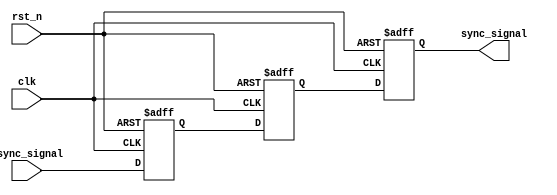
module MetaStabilityFilter (
    input wire async_signal,  // Asynchronous input signal
    input wire clk,           // Clock signal
    input wire rst_n,         // Asynchronous active-low reset signal
    output reg sync_signal     // Synchronized output signal
);

    // Internal signals for the dual flip-flop structure
    reg ff1, ff2;

    // Dual flip-flop implementation
    always @(posedge clk or negedge rst_n) begin
        if (!rst_n) begin
            ff1 <= 1'b0;    // Reset FF1 to 0
            ff2 <= 1'b0;    // Reset FF2 to 0
            sync_signal <= 1'b0; // Reset output to 0
        end else begin
            ff1 <= async_signal; // Sample the async signal
            ff2 <= ff1;          // Sample the output of FF1
            sync_signal <= ff2;  // Produce the synchronized output
        end
    end

endmodule